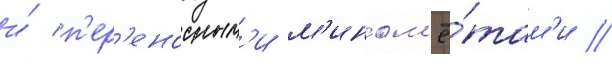
и́ п'ер'еносным'и м'ином'ё́там'и //